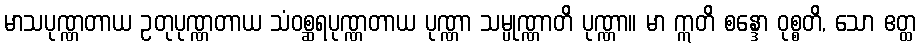
မာသပုဏ္ဏတာယ ဥတုပုဏ္ဏတာယ သံဝစ္ဆရပုဏ္ဏတာယ ပုဏ္ဏာ သမ္ပုဏ္ဏာတိ ပုဏ္ဏာ။ မာ ဣတိ စန္ဒော ဝုစ္စတိ, သော ဧတ္ထ